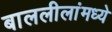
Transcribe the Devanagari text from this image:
बाललीलांमध्ये